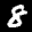
Label: 8